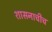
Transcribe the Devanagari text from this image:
शासनाचीच